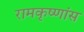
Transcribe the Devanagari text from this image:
रामकृष्णांस